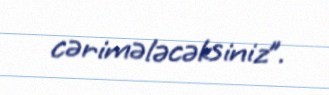
cərimələcəksiniz”.